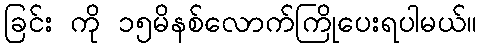
ခြင်း ကို ၁၅မိနစ်လောက်ကြိုပေးရပါမယ်။